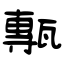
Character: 甎